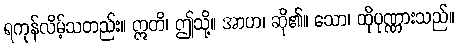
ရကုန်လိမ့်သတည်း။ ဣတိ၊ ဤသို့။ အာဟ၊ ဆို၏။ သော၊ ထိုပုဏ္ဏားသည်။